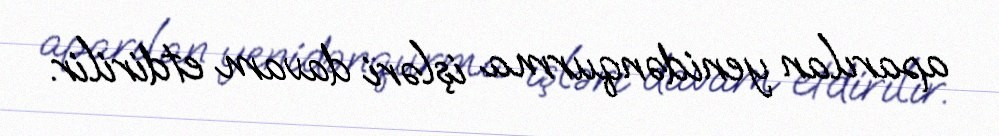
aparılan yenidənqurma işləri davam etdirilir.